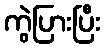
ကွဲပြားပြီး